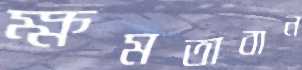
ক্ষমতাবান